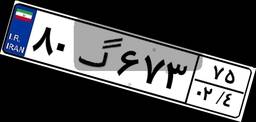
۸۰گ۶۷۳۷۵